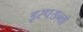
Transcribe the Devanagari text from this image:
इस्परान्तो